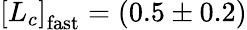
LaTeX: \left[L_{c}\right]_{\mathrm{fast}}=(0.5\pm 0.2)